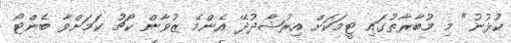
ކުޅުނު" މި މުބާރާތުގައި ޓީމަކަށް އިރުޝާދުދޭ އެންމެ ޒުވާން ކޯޗު ކަމަށްވާ ބެންޓޯ